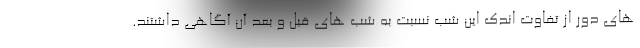
های دور از تفاوت اندک این شب نسبت به شب های قبل و بعد آن آگاهی داشتند.